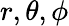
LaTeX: r,\theta,\phi